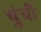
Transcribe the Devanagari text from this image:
चुंची